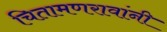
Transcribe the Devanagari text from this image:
चितामणरावांनी